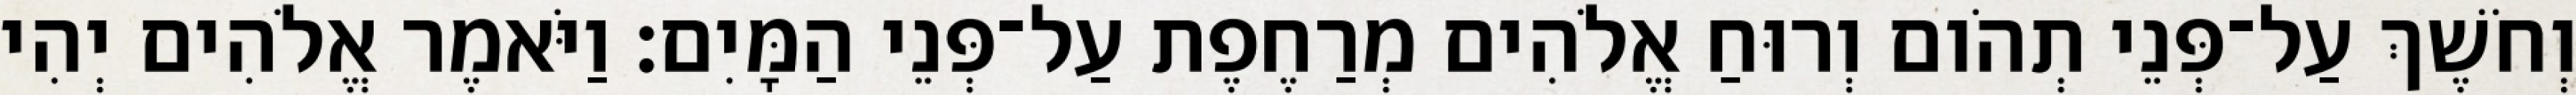
וְחֹשֶׁךְ עַל־פְּנֵי תְהֹום וְרוּחַ אֱלֹהִים מְרַחֶפֶת עַל־פְּנֵי הַמָּיִם׃ וַיֹּאמֶר אֱלֹהִים יְהִי